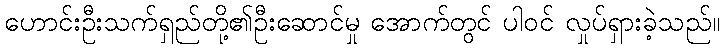
ဟောင်းဦးသက်ရှည်တို့၏ဦးဆောင်မှု အောက်တွင် ပါဝင် လှုပ်ရှားခဲ့သည်။